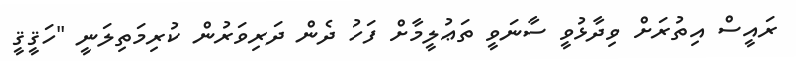
ރައީސް އިތުރަށް ވިދާޅުވީ ސާނަވީ ތަޢުލީމާށް ފަހު ދެން ދަރިވަރުން ކުރިމަތިލަނީ "ހަޤީޤީ